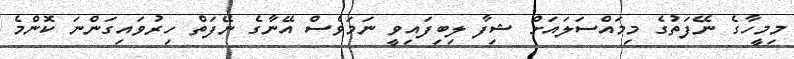
މިމީހާގެ ނޭފަތުގެ މިމައްސަލައަށް ޝިފާ ލިބިފައިވީ ނަމަވެސް އޭނާގެ ނޭފަތް ހިރުވައިގަންނަ ކޮންމެ